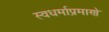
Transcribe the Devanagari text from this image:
स्वधर्माप्रमाणे